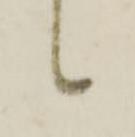
候